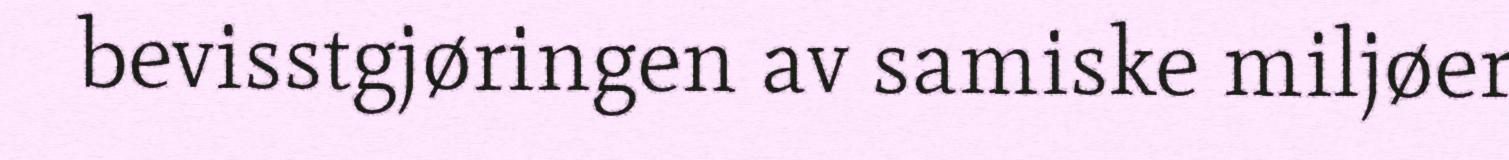
bevisstgjøringen av samiske miljøer